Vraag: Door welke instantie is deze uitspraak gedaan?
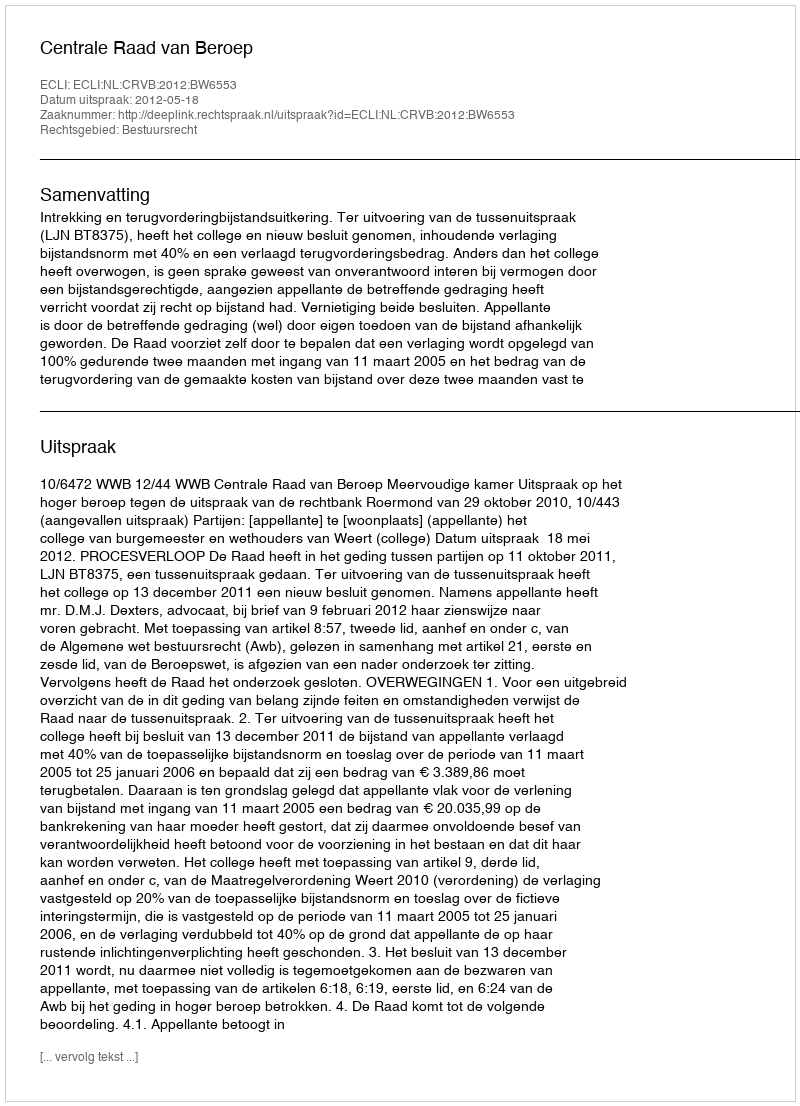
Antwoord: Centrale Raad van Beroep